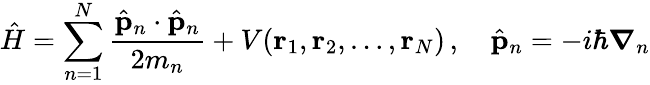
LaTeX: {\hat{H}}=\sum_{n=1}^{N}{\frac{{\hat{\mathbf{p}}}_{n}\cdot{\hat{\mathbf{p}}}_{n}}{2m_{n}}}+V(\mathbf{r}_{1},\mathbf{r}_{2},\ldots,\mathbf{r}_{N})\, ,\quad{\hat{\mathbf{p}}}_{n}=-i\hbar{\boldsymbol{\nabla}}_{n}